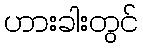
ဟားခါးတွင်